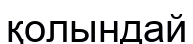
қолындай